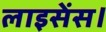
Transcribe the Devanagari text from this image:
लाइसेंस।